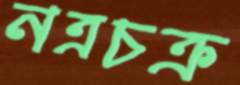
নত্রচক্র